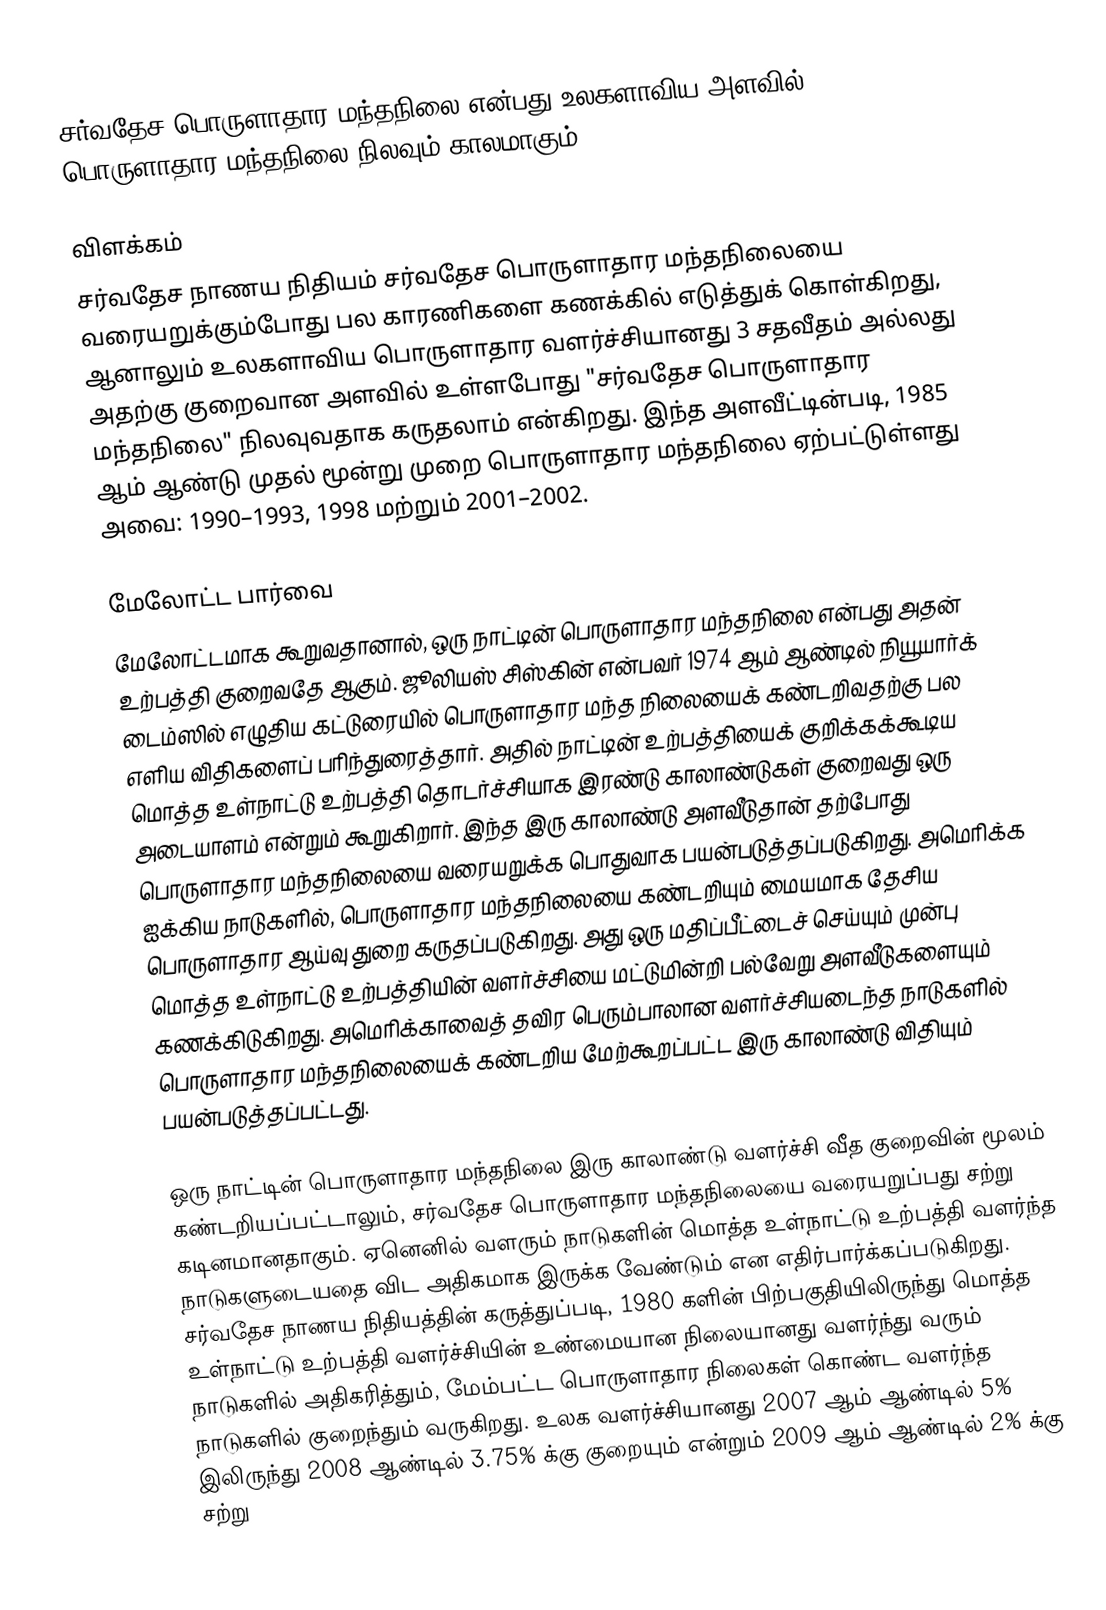
சர்வதேச பொருளாதார மந்தநிலை என்பது உலகளாவிய அளவில் பொருளாதார மந்தநிலை நிலவும் காலமாகும்.

விளக்கம்
சர்வதேச நாணய நிதியம் சர்வதேச பொருளாதார மந்தநிலையை வரையறுக்கும்போது பல காரணிகளை கணக்கில் எடுத்துக் கொள்கிறது, ஆனாலும் உலகளாவிய பொருளாதார வளர்ச்சியானது 3 சதவீதம் அல்லது அதற்கு குறைவான அளவில் உள்ளபோது "சர்வதேச பொருளாதார மந்தநிலை" நிலவுவதாக கருதலாம் என்கிறது. இந்த அளவீட்டின்படி, 1985 ஆம் ஆண்டு முதல் மூன்று முறை பொருளாதார மந்தநிலை ஏற்பட்டுள்ளது அவை: 1990–1993, 1998 மற்றும் 2001–2002.

மேலோட்ட பார்வை
மேலோட்டமாக கூறுவதானால், ஒரு நாட்டின் பொருளாதார மந்தநிலை என்பது அதன் உற்பத்தி குறைவதே ஆகும். ஜூலியஸ் சிஸ்கின் என்பவர் 1974 ஆம் ஆண்டில் நியூயார்க் டைம்ஸில் எழுதிய கட்டுரையில் பொருளாதார மந்த நிலையைக் கண்டறிவதற்கு பல எளிய விதிகளைப் பரிந்துரைத்தார். அதில் நாட்டின் உற்பத்தியைக் குறிக்கக்கூடிய மொத்த உள்நாட்டு உற்பத்தி தொடர்ச்சியாக இரண்டு காலாண்டுகள் குறைவது ஒரு அடையாளம் என்றும் கூறுகிறார். இந்த இரு காலாண்டு அளவீடுதான் தற்போது பொருளாதார மந்தநிலையை வரையறுக்க பொதுவாக பயன்படுத்தப்படுகிறது. அமெரிக்க ஐக்கிய நாடுகளில், பொருளாதார மந்தநிலையை கண்டறியும் மையமாக தேசிய பொருளாதார ஆய்வு துறை கருதப்படுகிறது. அது ஒரு மதிப்பீட்டைச் செய்யும் முன்பு மொத்த உள்நாட்டு உற்பத்தியின் வளர்ச்சியை மட்டுமின்றி பல்வேறு அளவீடுகளையும் கணக்கிடுகிறது. அமெரிக்காவைத் தவிர பெரும்பாலான வளர்ச்சியடைந்த நாடுகளில் பொருளாதார மந்தநிலையைக் கண்டறிய மேற்கூறப்பட்ட இரு காலாண்டு விதியும் பயன்படுத்தப்பட்டது.

ஒரு நாட்டின் பொருளாதார மந்தநிலை இரு காலாண்டு வளர்ச்சி வீத குறைவின் மூலம் கண்டறியப்பட்டாலும், சர்வதேச பொருளாதார மந்தநிலையை வரையறுப்பது சற்று கடினமானதாகும். ஏனெனில் வளரும் நாடுகளின் மொத்த உள்நாட்டு உற்பத்தி வளர்ந்த நாடுகளுடையதை விட அதிகமாக இருக்க வேண்டும் என எதிர்பார்க்கப்படுகிறது. சர்வதேச நாணய நிதியத்தின் கருத்துப்படி, 1980 களின் பிற்பகுதியிலிருந்து மொத்த உள்நாட்டு உற்பத்தி வளர்ச்சியின் உண்மையான நிலையானது வளர்ந்து வரும் நாடுகளில் அதிகரித்தும், மேம்பட்ட பொருளாதார நிலைகள் கொண்ட வளர்ந்த நாடுகளில் குறைந்தும் வருகிறது. உலக வளர்ச்சியானது 2007 ஆம் ஆண்டில் 5% இலிருந்து 2008 ஆண்டில் 3.75% க்கு குறையும் என்றும் 2009 ஆம் ஆண்டில் 2% க்கு சற்று